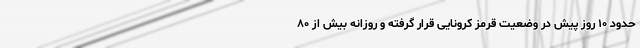
حدود ۱۰ روز پیش در وضعیت قرمز کرونایی قرار گرفته و روزانه بیش از ۸۰